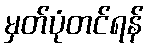
မှတ်ပုံတင်ရန်